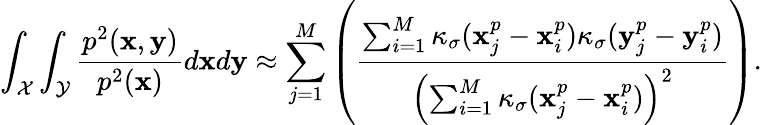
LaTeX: \int_{\mathcal{X}}\int_{\mathcal{Y}}\frac{p^{2}(\mathbf{x},\mathbf{y})}{p^{2}(\mathbf{x})}d\mathbf{x}d\mathbf{y}\approx\sum_{j=1}^{M}\left(\frac{\sum_{i=1}^{M}\kappa_{\sigma}(\mathbf{x}_{j}^{p}-\mathbf{x}_{i}^{p})\kappa_{\sigma}(\mathbf{y}_{j}^{p}-\mathbf{y}_{i}^{p})}{\left(\sum_{i=1}^{M}\kappa_{\sigma}(\mathbf{x}_{j}^{p}-\mathbf{x}_{i}^{p})\right)^{2}}\right).